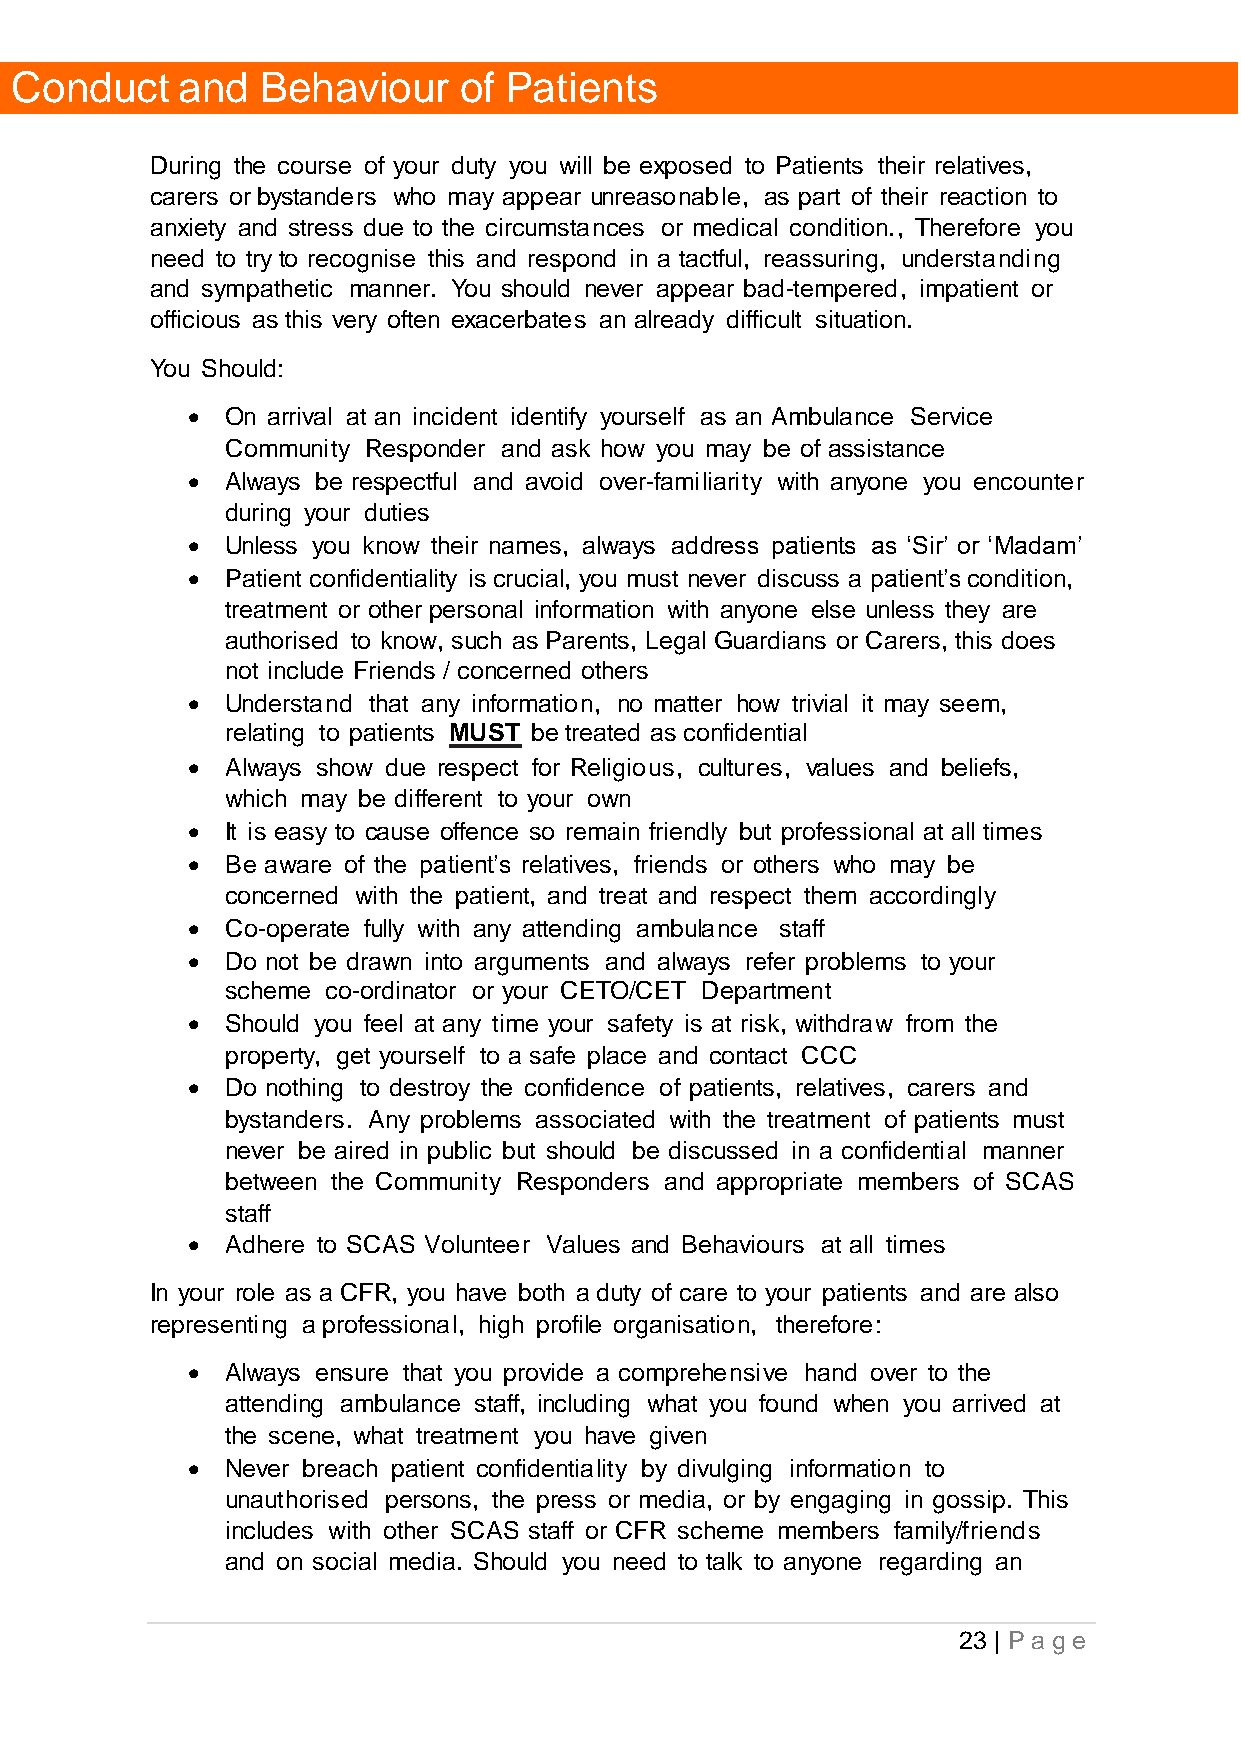
Conduct    and  Behaviour    of Patients
 During the course of your duty you will be exposed to Patients their relatives,
 carers or bystanders who may appear unreasonable, as part of their reaction to
 anxiety and stress due to the circumstances or medical condition., Therefore you
 need to try to recognise this and respond in a tactful, reassuring, understanding
 and sympathetic manner. You should never appear bad-tempered, impatient or
 officious as this very often exacerbates an already difficult situation.
 You Should:
   On arrival at an incident identify yourself as an Ambulance Service
 Community Responder and ask how you may be of assistance
   Always be respectful and avoid over-familiarity with anyone you encounter
 during your duties
   Unless you know their names, always address patients as ‘Sir’ or ‘Madam’
   Patient confidentiality is crucial, you must never discuss a patient’s condition,
 treatment or other personal information with anyone else unless they are
 authorised to know, such as Parents, Legal Guardians or Carers, this does
 not include Friends / concerned others
   Understand that any information, no matter how trivial it may seem,
 relating to patients MUST be treated as confidential
   Always show due respect for Religious, cultures, values and beliefs,
 which may be different to your own
   It is easy to cause offence so remain friendly but professional at all times
   Be aware of the patient’s relatives, friends or others who may be
 concerned with the patient, and treat and respect them accordingly
   Co-operate fully with any attending ambulance staff
   Do not be drawn into arguments and always refer problems to your
 scheme co-ordinator or your CETO/CET Department
   Should you feel at any time your safety is at risk, withdraw from the
 property, get yourself to a safe place and contact CCC
   Do nothing to destroy the confidence of patients, relatives, carers and
 bystanders. Any problems associated with the treatment of patients must
 never be aired in public but should be discussed in a confidential manner
 between the Community Responders and appropriate members of SCAS
 staff
   Adhere to SCAS Volunteer Values and Behaviours at all times
 In your role as a CFR, you have both a duty of care to your patients and are also
 representing a professional, high profile organisation, therefore:
   Always ensure that you provide a comprehensive hand over to the
 attending ambulance staff, including what you found when you arrived at
 the scene, what treatment you have given
   Never breach patient confidentiality by divulging information to
 unauthorised persons, the press or media, or by engaging in gossip. This
 includes with other SCAS staff or CFR scheme members family/friends
 and on social media. Should you need to talk to anyone regarding an
 23 | P a g e